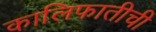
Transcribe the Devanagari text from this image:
कालिफातीची